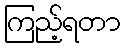
ကြည့်ရတာ